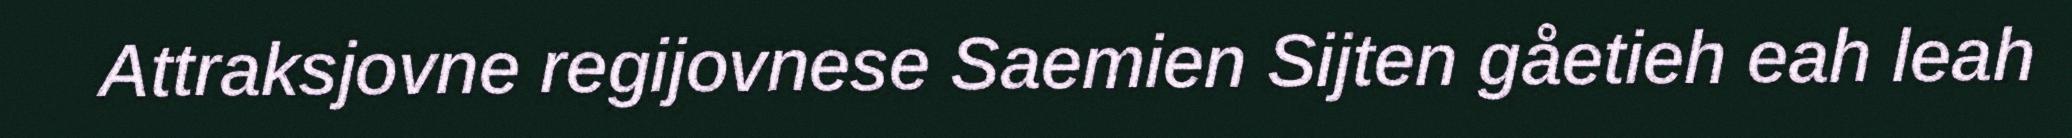
Attraksjovne regijovnese Saemien Sijten gåetieh eah leah